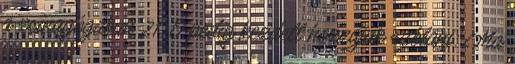
a zsinagógában 21. Ő pedig kezdett hozzájuk szólani: Ma